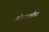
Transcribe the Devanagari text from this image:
ग़ोएत्ज़्मैन